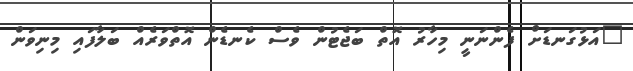
"އަޅުގަނޑަށް ފެންނަނީ މިހާރު އޮތް ބަޖެޓުން ވެސް ކެނޑެން އޮތްވަރެއް ބަލާފައި މިނިވަން